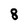
Character: 8